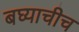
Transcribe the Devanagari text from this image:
बघ्याचीच